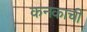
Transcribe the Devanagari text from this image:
कनकाची